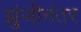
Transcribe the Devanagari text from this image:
झुंजीनंतर